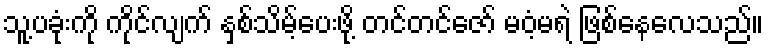
သူ့ပခုံးကို ကိုင်လျက် နှစ်သိမ့်ပေးဖို့ တင်တင်ဇော် မဝံ့မရဲ ဖြစ်နေလေသည်။